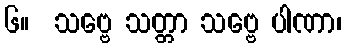
၆။  သဗ္ဗေ သတ္တာ သဗ္ဗေ ပါဏာ၊